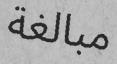
مبالغة